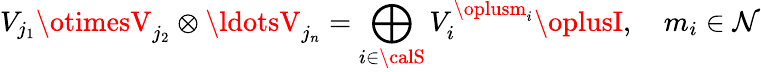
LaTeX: V_{j_{1}}\otimesV_{j_{2}}\otimes\ldotsV_{j_{n}}=\bigoplus_{i\in{\calS}}V_{i}^{\oplusm_{i}}\oplusI,\ \ \ \ m_{i}\in\mathcal{N}